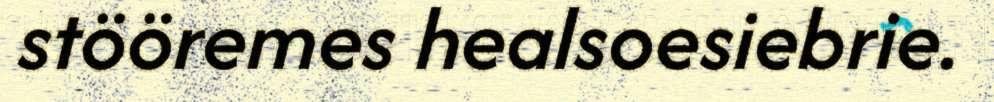
stööremes healsoesiebrie.